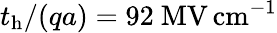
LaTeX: t_{\mathrm{h}}/(qa)=92~\mathrm{MV\, cm^{-1}}